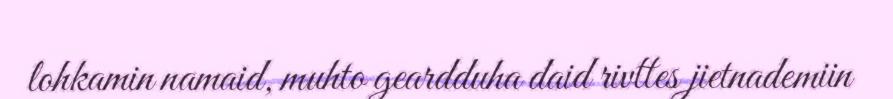
lohkamin namaid, muhto geardduha daid rivttes jietnademiin